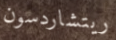
ريتشاردسون